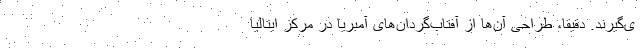
ی‌گیرند. دقیقا، طراحی آن‌ها از آفتاب‌گردان‌های آمبریا در مرکز ایتالیا